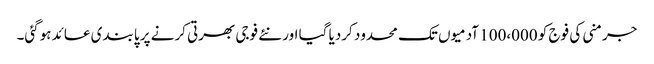
جرمنی کی فوج کو 100،000 آدمیوں تک محدود کردیا گیا اور نئے فوجی بھرتی کرنے پر پابندی عائد ہوگئی۔